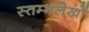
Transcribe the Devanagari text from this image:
स्तम्भलेखों